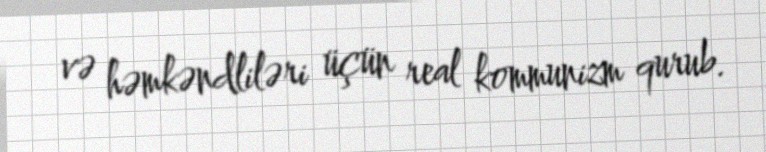
və həmkəndliləri üçün real kommunizm qurub.